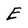
Character: E